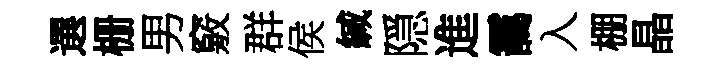
選栅男竅群侯緘隠進靄入棚晶